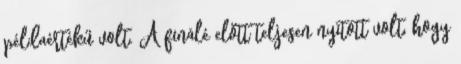
példaértékű volt. A finálé előtt teljesen nyitott volt, hogy